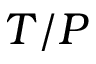
T / P